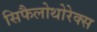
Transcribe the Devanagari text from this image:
सिफैलोथोरेक्स